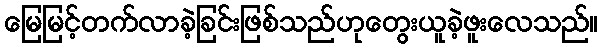
မြေမြင့်တက်လာခဲ့ခြင်းဖြစ်သည်ဟုတွေးယူခဲ့ဖူးလေသည်။